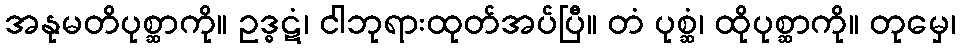
အနုမတိပုစ္ဆာကို။ ဥဒ္ဓဋံ၊ ငါဘုရားထုတ်အပ်ပြီ။ တံ ပုစ္ဆံ၊ ထိုပုစ္ဆာကို။ တုမှေ၊